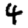
Digit: 4